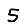
Digit: 5